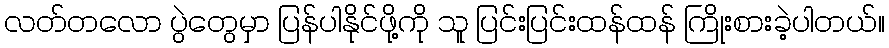
လတ်တလော ပွဲတွေမှာ ပြန်ပါနိုင်ဖို့ကို သူ ပြင်းပြင်းထန်ထန် ကြိုးစားခဲ့ပါတယ်။